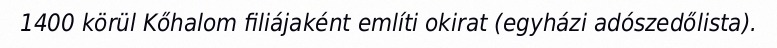
1400 körül Kőhalom filiájaként említi okirat (egyházi adószedőlista).